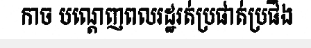
កាច បណ្តេញពលរដ្ឋរត់ប្រផាត់ប្រផីង